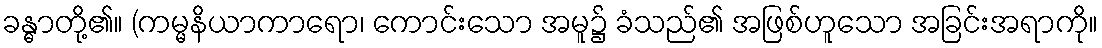
ခန္ဓာတို့၏။ (ကမ္မနိယာကာရော၊ ကောင်းသော အမူ၌ ခံသည်၏ အဖြစ်ဟူသော အခြင်းအရာကို။